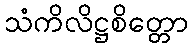
သံကိလိဋ္ဌစိတ္တော